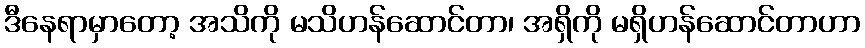
ဒီနေရာမှာတော့ အသိကို မသိဟန်ဆောင်တာ၊ အရှိကို မရှိဟန်ဆောင်တာဟာ